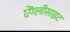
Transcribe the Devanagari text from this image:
ऐंग्लीसाइट